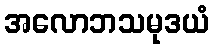
အလောဘသမုဒယံ